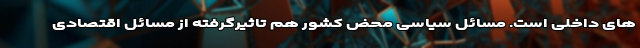
های داخلی است. مسائل سیاسی محض کشور هم تاثیرگرفته از مسائل اقتصادی